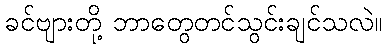
ခင်ဗျားတို့ ဘာတွေတင်သွင်းချင်သလဲ။